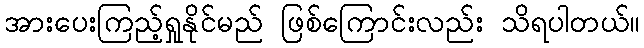
အားပေးကြည့်ရှုနိုင်မည် ဖြစ်ကြောင်းလည်း သိရပါတယ်။